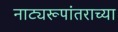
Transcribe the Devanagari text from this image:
नाट्यरूपांतराच्या